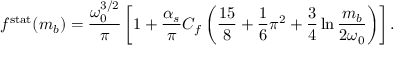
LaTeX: f ^ { \mathrm { s t a t } } ( m _ { b } ) = \frac { \omega _ { 0 } ^ { 3 / 2 } } { \pi } \left[ 1 + \frac { \alpha _ { s } } { \pi } C _ { f } \left( \frac { 1 5 } { 8 } + \frac { 1 } { 6 } \pi ^ { 2 } + \frac { 3 } { 4 } \ln \frac { m _ { b } } { 2 \omega _ { 0 } } \right) \right] .